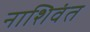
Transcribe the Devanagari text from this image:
नाशिवंत